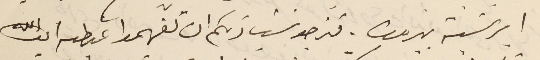
ابرشية بيروت. فنرجو سَيادتكم ان تفهموا غبطىه ايده الله